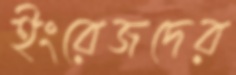
ইংরেজদের